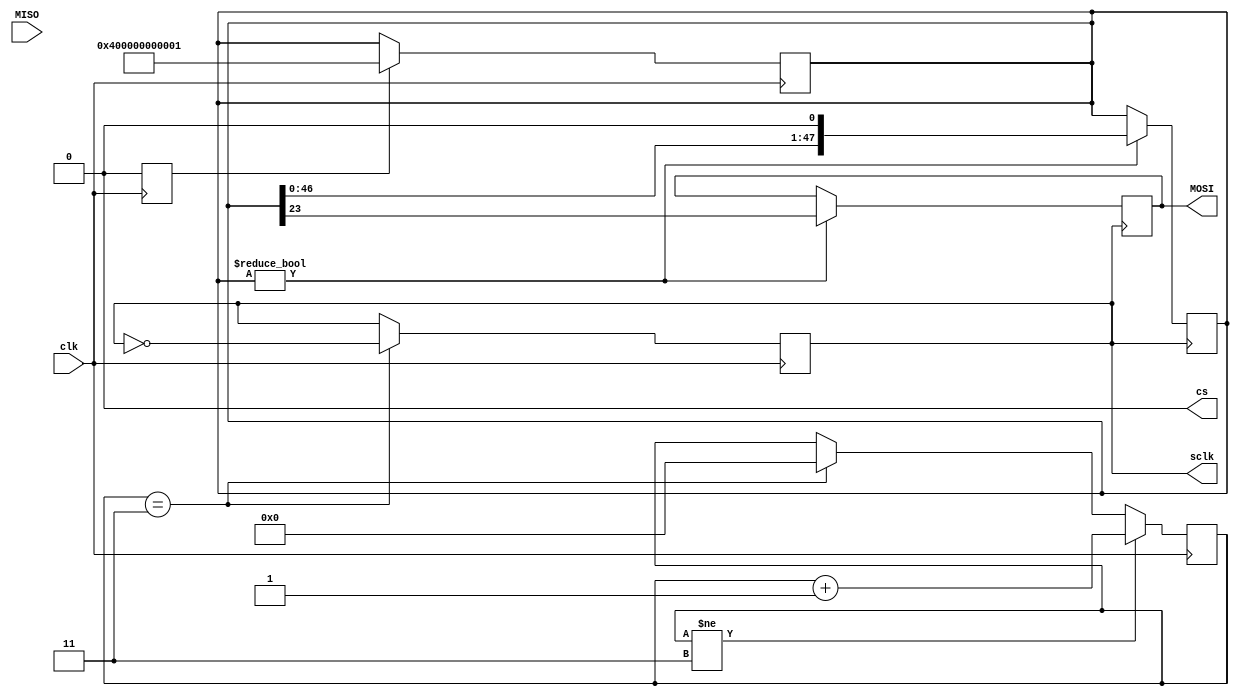
`timescale 1ns / 1ps

module SPI_interface(
    input clk,
    input MISO,
    //input setup,
   // output reg [2:0] clk_div,
    output reg sclk,
    output reg MOSI,
    output reg cs
    );

//Op codes used 
parameter idle              = 6'd0;
parameter set_length        = 6'd16;
parameter read_block_single = 6'd17;
parameter read_block_multi  = 6'd18;
parameter stop_trans        = 6'd12;
parameter write_block       = 6'd24;

parameter crc_toggle        = 6'd59;

parameter start_address     = 32'd0;
    
parameter generic_crc       = 7'd0;
    
    //reg [7:0] clk_div; //Have to divide basys3 clock
    reg [5:0] counter;
    
    //full command is 48 bits long
    reg [47:0] data_to_send;
    
    //data_in should be 24 bit
    reg [23:0] data_in_hold;
    reg [23:0] data_in_fin;
    
    reg setup_temp = 1'b1; 
    
    reg [3:0] clk_div = 8'd0;
    
    initial
    begin
        sclk = 0;
        clk_div = 0;
        MOSI = 0;
        
        counter = 0;
        cs = 0;
    end
    
    
    //lower clk to 25 MHz
    always @(posedge clk)
    begin
        if(clk_div == 3'd3)
        begin
            clk_div <= 3'd0;
            sclk <= !sclk;
        end
        if(clk_div != 3'd3)
        begin
            clk_div <= clk_div + 8'd1;
        end
        if(setup_temp == 1)
        begin
            //send idle command
            data_to_send <= 48'b010000000000000000000000000000000000000000000001;
            setup_temp <= 0;
        end
    end
///////////////////////
//Sending commands 
///////////////////////
always @(posedge sclk)
begin
    if(data_to_send != 0)
    begin
        MOSI <= data_to_send[23];
        data_to_send = data_to_send << 1;
    end
end

    
///////////////////
//read in data 
///////////////////
always @(negedge sclk)
    begin
        if(counter < 5'd24) 
        begin
            //read in and shift
            data_in_hold <= data_in_hold << 1;
            data_in_hold[0] <= MISO;
            counter <= counter + 1;
        end
        else
        begin
            //finished 24 bit data block for pixel
            data_in_fin <= data_in_hold;
            counter <= 0;
        end
    end    
    
endmodule